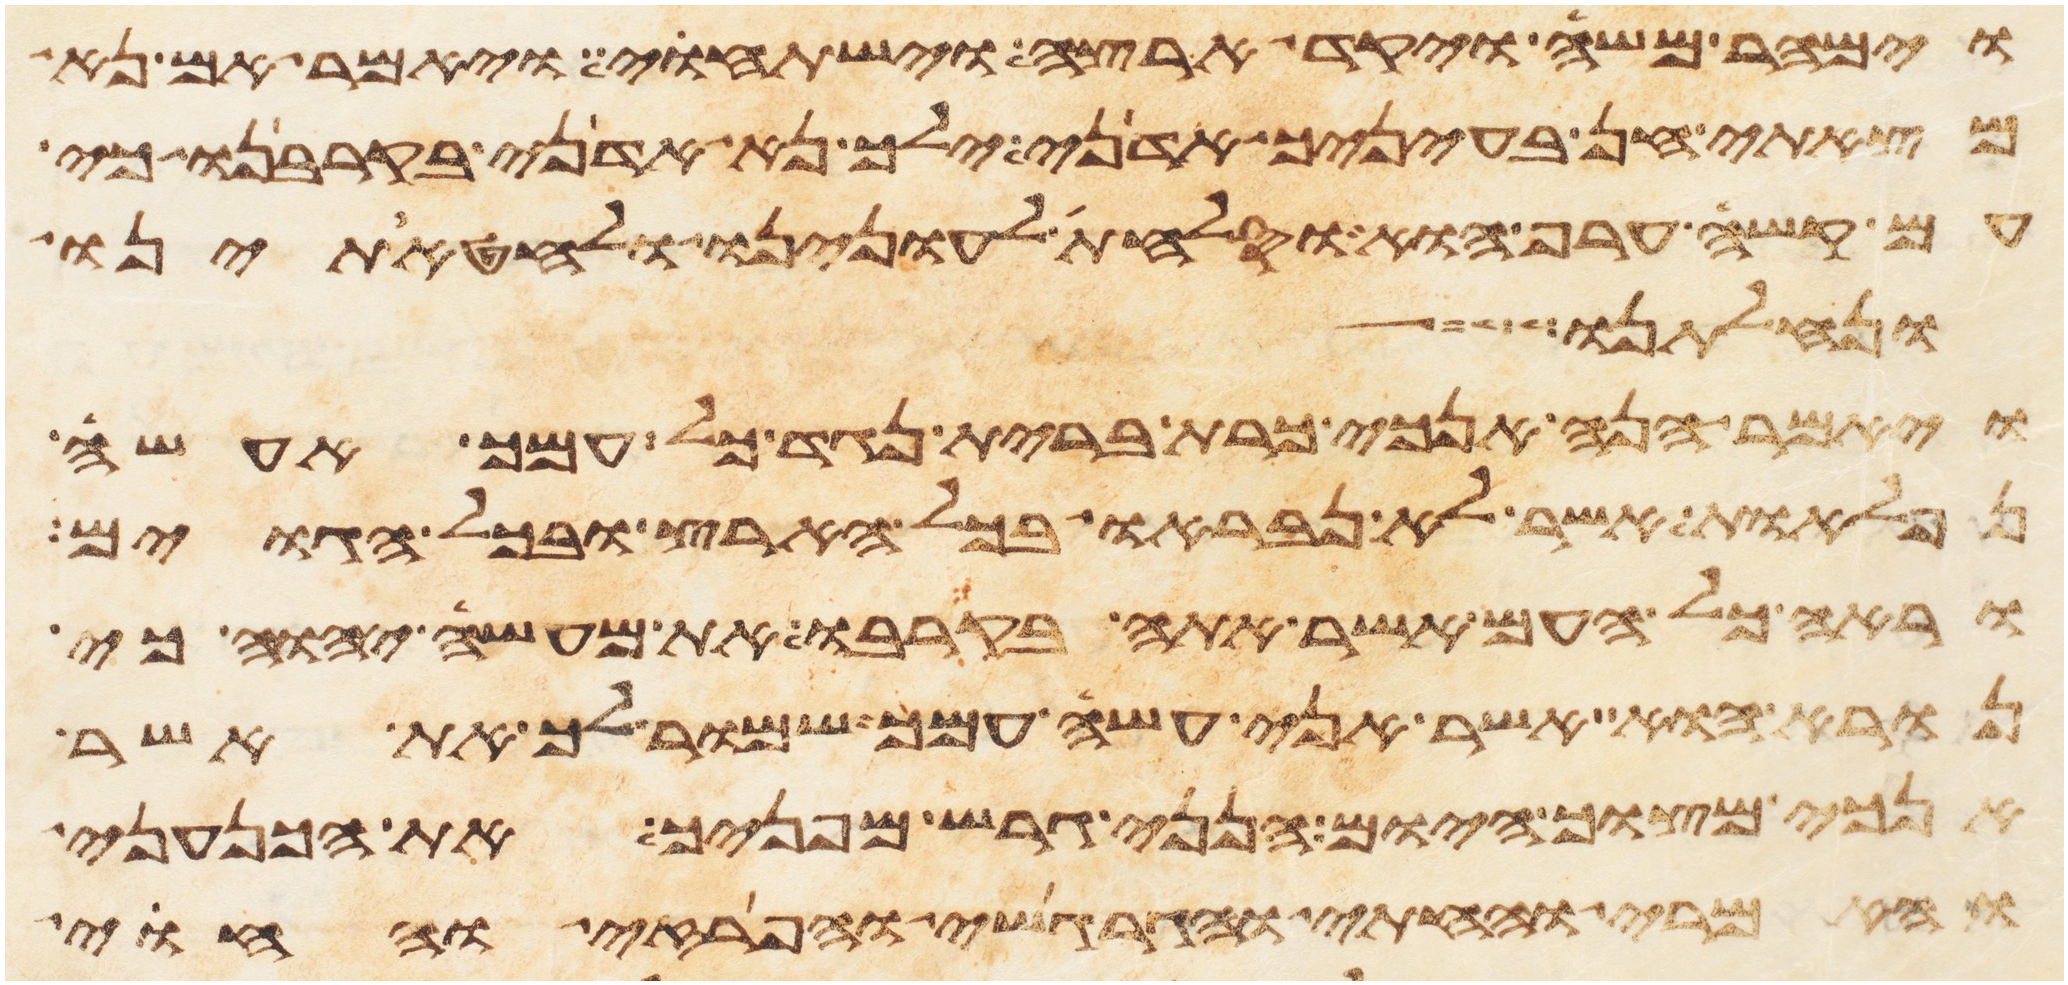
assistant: וימהר משה ויקד ארצה וישתחוי ויאמר אם נא
מצאתי חן בעיניך אדני ילך נא אדני בקרבנו כי
עם קשה ערף הוא וסלחת לעוננו ולחטאתינו
ונחלתנו
ויאמר הנה אנכי כרת ברית נגד כל עמך אעשה
נפלאות אשר לא נבראו בכל הארץ ובכל הגוים
וראה כל העם אשר אתה בקרבו את מעשה יהוה כי
נורא הוא אשר אני עשה עמך שמור לך את אשר
אנכי מצוך היום הנני גרש מפניך את הכנעני
והאמרי והחתי והגרגשי והפרזי והחוי